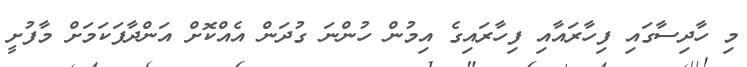
މި ހާދިސާގައި ފިހާރައާއި ފިހާރައިގެ އިމުން ހުންނަ ގުދަން އެއްކޮށް އަންދާފަކަމަށް މާފުށީ